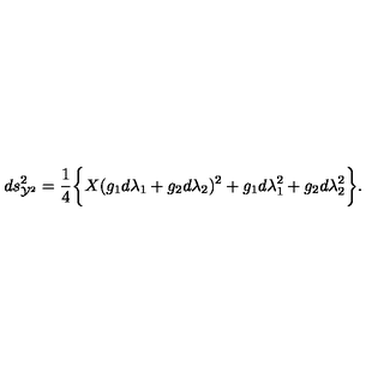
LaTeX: d s _ { { \cal Y } ^ { 2 } } ^ { 2 } = \frac { 1 } { 4 } \biggl \{ X ( g _ { 1 } d \lambda _ { 1 } + g _ { 2 } d \lambda _ { 2 } ) ^ { 2 } + g _ { 1 } d \lambda _ { 1 } ^ { 2 } + g _ { 2 } d \lambda _ { 2 } ^ { 2 } \biggr \} .